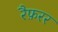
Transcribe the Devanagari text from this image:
रैफ़रर